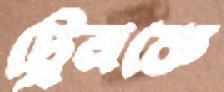
ট্রেনকে